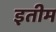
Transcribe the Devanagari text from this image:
इतीम